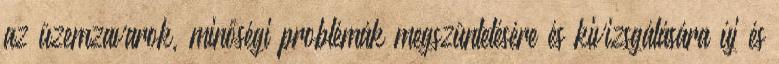
az üzemzavarok, minőségi problémák megszüntetésére és kivizsgálására új és